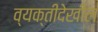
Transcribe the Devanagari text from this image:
व्यक्तीदेखील